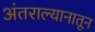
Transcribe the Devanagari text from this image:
अंतराल्यानातून